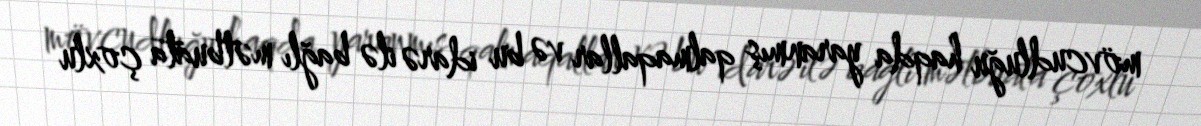
mövcudluğu haqda yaranmış qalmaqallar və bu idarə ilə bağlı mətbuata çoxlu